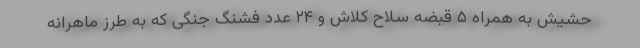
حشیش به همراه ۵ قبضه سلاح کلاش و ۲۴ عدد فشنگ جنگی که به طرز ماهرانه